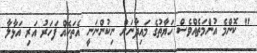
" ކޮންމެ އުންމަތެއްވެސް ހަޔާތުގެ މައިދާނަށް ނިކުންނަނީ އެތަކެއް ފަހަރު އަރި އަޅާލާ